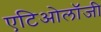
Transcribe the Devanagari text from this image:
एटिओलॉजी